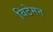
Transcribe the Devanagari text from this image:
विटेमन